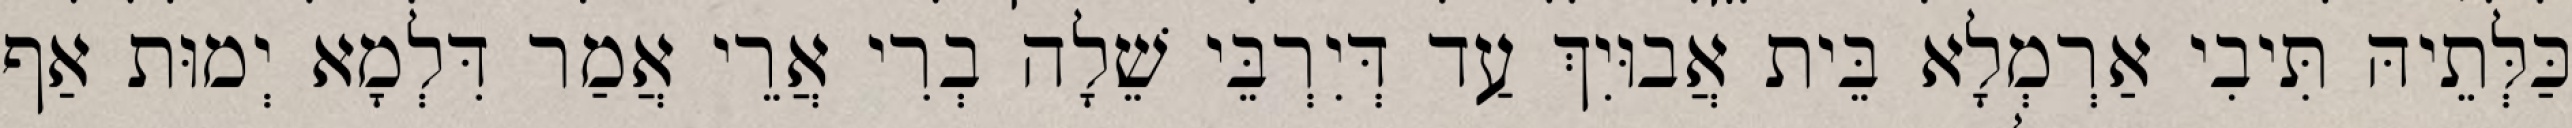
כַּלְּתֵיהּ תִּיבִי אַרְמְלָא בֵּית אֲבוּיִךְ עַד דְּיִרְבֵּי שֵׁלָה בְרִי אֲרֵי אֲמַר דִּלְמָא יְמוּת אַף